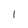
Character: 1